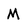
Character: M